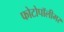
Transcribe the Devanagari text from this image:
फोटोपॉलीमर